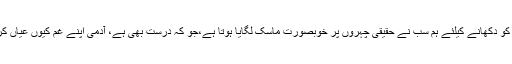
دنیا کو دکھانے کیلئے ہم سب نے حقیقی چہروں پر خوبصورت ماسک لگایا ہوتا ہے،جو کہ درست بھی ہے، آدمی اپنے غم کیوں عیاں کرے۔